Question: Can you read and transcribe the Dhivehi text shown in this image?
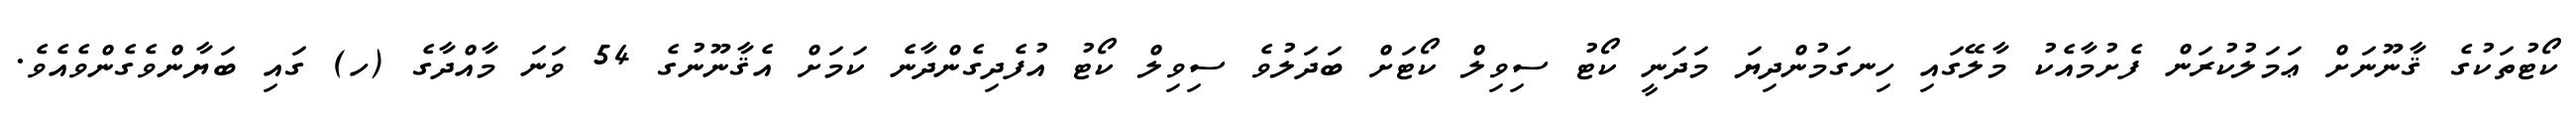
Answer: ކޯޓުތަކުގެ ޤާނޫނަށް ޢަމަލުކުރަން ފެށުމާއެކު މާލޭގައި ހިނގަމުންދިޔަ މަދަނީ ކޯޓު ސިވިލް ކޯޓަށް ބަދަލުވެ ސިވިލް ކޯޓު އުފެދިގެންދާނެ ކަމަށް އެޤާނޫނުގެ 54 ވަނަ މާއްދާގެ (ހ) ގައި ބަޔާންވެގެންވެއެވެ.